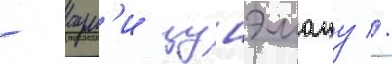
- аум'и цунэмацу //